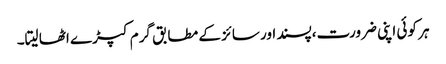
ہر کوئی اپنی ضرورت،پسند اور سائز کے مطابق گرم کپڑے اٹھا لیتا۔